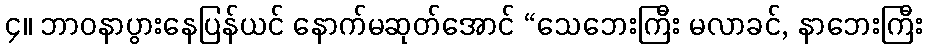
၄။ ဘာဝနာပွားနေပြန်ယင် နောက်မဆုတ်အောင် “သေဘေးကြီး မလာခင်, နာဘေးကြီး